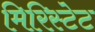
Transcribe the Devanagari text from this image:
मिरिस्टेट